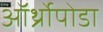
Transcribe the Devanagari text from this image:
ऑर्थ्रोपोडा